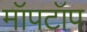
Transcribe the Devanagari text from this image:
मॉपटॉप